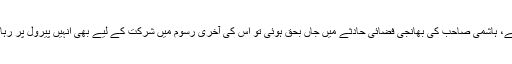
ہمیں یاد پڑتا ہے، ہاشمی صاحب کی بھانجی فضائی حادثے میں جاں بحق ہوئی تو اس کی آخری رسوم میں شرکت کے لیے بھی انہیں پیرول پر رہا کر دیا گیا تھا۔